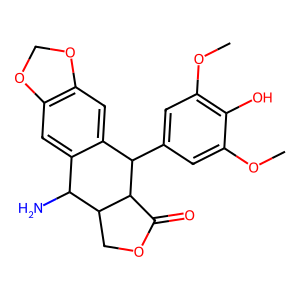
SMILES: COc1cc(C2c3cc4c(cc3C(N)C3COC(=O)C23)OCO4)cc(OC)c1O
Inhibits HIV replication: No